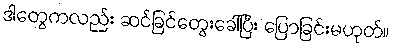
ဒါတွေကလည်း ဆင်ခြင်တွေးခေါ်ပြီး ပြောခြင်းမဟုတ်။